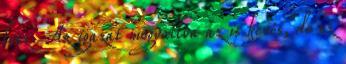
lesz. Az igazat megvallva az is kevés, de ez